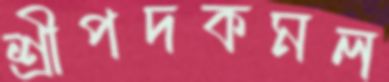
শ্রীপদকমল